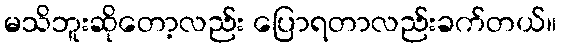
မသိဘူးဆိုတော့လည်း ပြောရတာလည်းခက်တယ်။